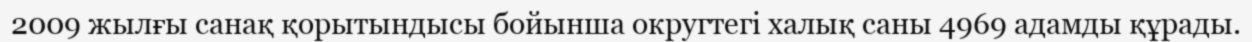
2009 жылғы санақ қорытындысы бойынша округтегі халық саны 4969 адамды құрады.